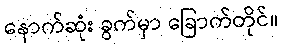
နောက်ဆုံး ခွက်မှာ ခြောက်တိုင်။